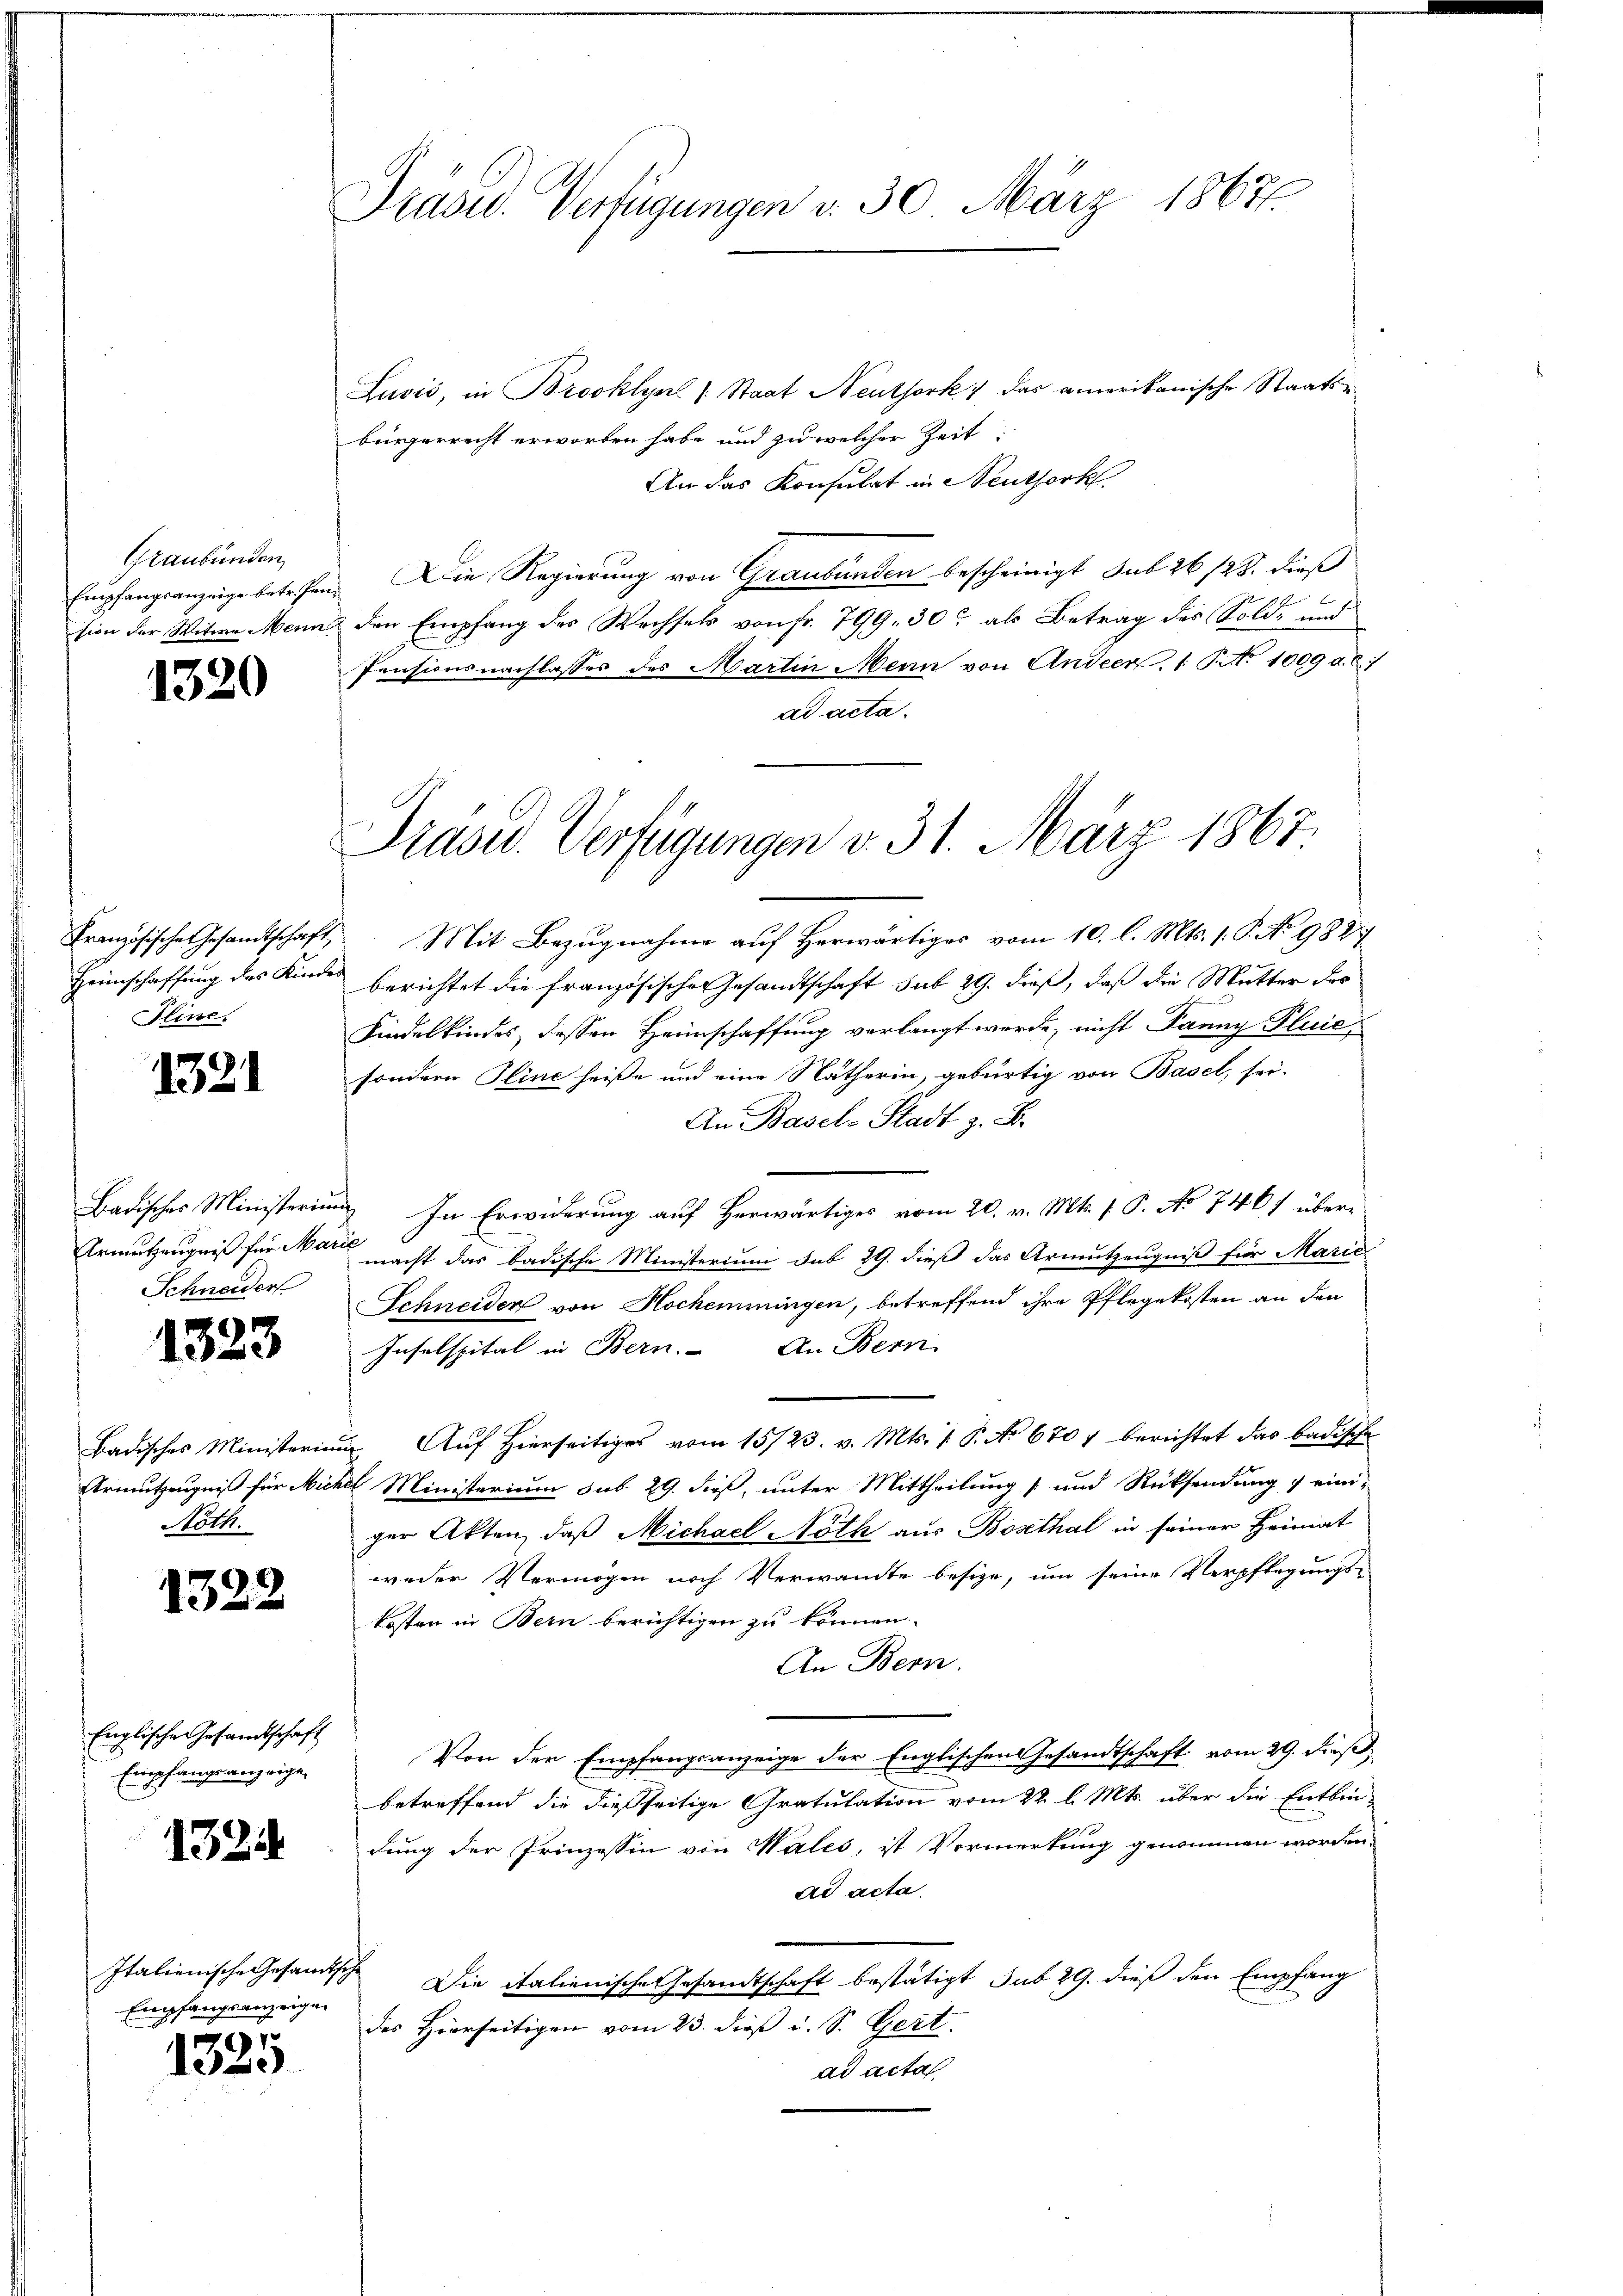
Graubünden

1320

Iline.

1321

Schneider

1323

Noth.

1322

Englische Gesandtschaft
Empfangsanzeige

1324

Italienische Gesandtsche
Empfangsanzeigen

r
132.

Prasid. Verfügungen d. 30. März 1867.

Luvić, in Brooklyns (Staat Neuthork, das amerikanische Staatsbürgerrecht erworben habe und zu welcher Zeit:
An das Konsulat in Neuthork
Empfangsanzeige betrefen. Die Regierung von Graubünden bescheinigt sub 26/23. dieß
sion der Witwe Mann den Empfang des Wechsels von fr. 799. 30 als Betrag des Sold- und
Pensionsnachlasses des Martin Mein von Anderer, 1 P. No 1009 d. d. 1
ad acta.
Französische Gesandtschaft, Mit Bezugnahme auf Herwärtiges vom 10. l. Mts. 1. P. No 9887
Heimschaffung des Kindes berichtet die französische Gesandtschaft sub 29. dieß, daß die Mutter des
Kindelkindes, dessen Heimschaffung verlangt werde, nicht Panny Pluiesondern Seine heiße und eine Nätherin, gebürtig von Basel, sei.
An Basel-Stadt z. B.
Badisches Ministerium In Erwiderung auf herwärtiges vom 20. v. Mts. 1. P. No 746) über-
Ermutzeugniß für Mart nacht das badische Ministerium sub 29. dieß das Armutzeugniß für Marie
Schneider von Hochemmingen, betreffend ihre Pflegekosten an den
Inselspital in Bern. An Bern
Badisches Ministerium Auf hierseitiges vom 15./23. v. Mts. 1. P. No 670 berichtet das badische
Armutzeugniß für Micher Ministerium sub 29. dieß, unter Mittheilung und Rücksendung & eini-
ger Akten, daß Michael Noth aus Bosthal in seiner Heimat
weder Vermögen noch Verwandte besitze, um seine Verpflegungs-
kosten in Bern berichtigen zu können.
An Bern.
Von der Empfangsanzeige der Englischen Gesandtschaft vom 29. dieß
betreffend die dießseitige Gratulation vom 22. l. Mts. über die Entbindung der Prinzessin von Wales, ist Vormerkung genommen worden.
ad acta.
Die italienische Gesandtschaft bestätigt sub 29. dieß den Empfang
des Hierseitigen vom 23. dieß i. S. Gert.
ad acta

Prase. Verfügungen v. 31. März 1867.